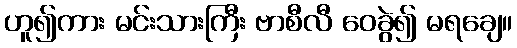
ဟူ၍ကား မင်းသားကြီး ဗာစီလီ ဝေခွဲ၍ မရချေ။